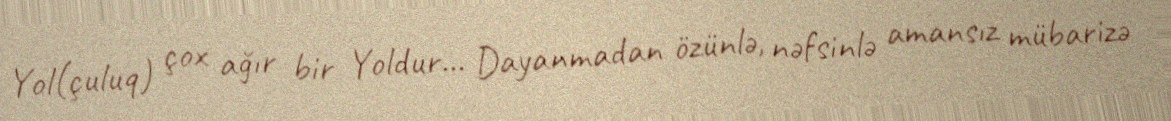
Yol(çuluq) çox ağır bir Yoldur... Dayanmadan özünlə, nəfsinlə amansız mübarizə